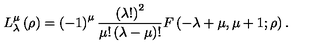
L _ { \lambda } ^ { \mu } \left( \rho \right) = \left( - 1 \right) ^ { \mu } \frac { \left( \lambda ! \right) ^ { 2 } } { \mu ! \left( \lambda - \mu \right) ! } F \left( - \lambda + \mu , \mu + 1 ; \rho \right) .